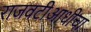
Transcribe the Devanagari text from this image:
राजवटीआधीचा